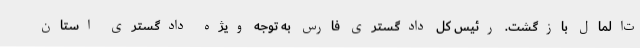
ت‌المال بازگشت. رئیس کل دادگستری فارس به توجه ویژه دادگستری استان